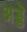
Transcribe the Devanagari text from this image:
अड्डॆ